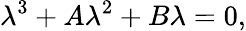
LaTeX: \lambda^{3}+A\lambda^{2}+B\lambda=0,